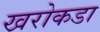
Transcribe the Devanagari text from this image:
खरोकडा